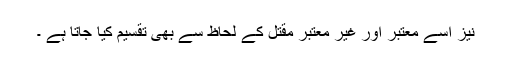
نیز اسے معتبر اور غیر معتبر مقتل کے لحاظ سے بھی تقسیم کیا جاتا ہے ۔